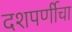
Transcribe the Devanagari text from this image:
दशपर्णीचा